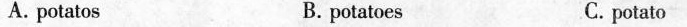
A.potatos B. potatoes C.potato